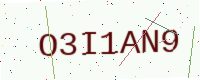
Text: O3I1AN9